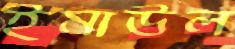
ইমাউল